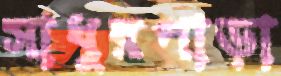
সাধুরপাড়া